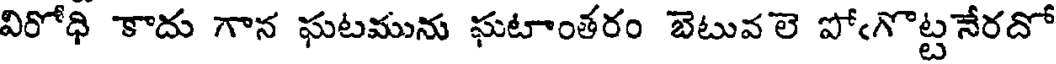
విరోధి కాదు గాన ఘటమును ఘటాంతరం బెటువ లె పోఁగొట్టనేరదో